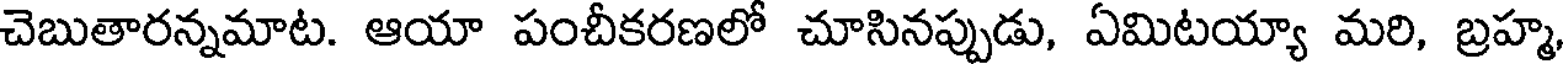
చెబుతారన్నమాట. ఆయా పంచీకరణలో చూసినప్పుడు, ఏమిటయ్యా మరి, బ్రహ్మ